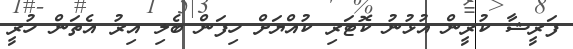
ފަރީޝާ ކުރީން އުޅުނު ކޮޓަރި ކުއްޔަށް ހިފަން ބެލި އިރު އެތަން ހުރީ